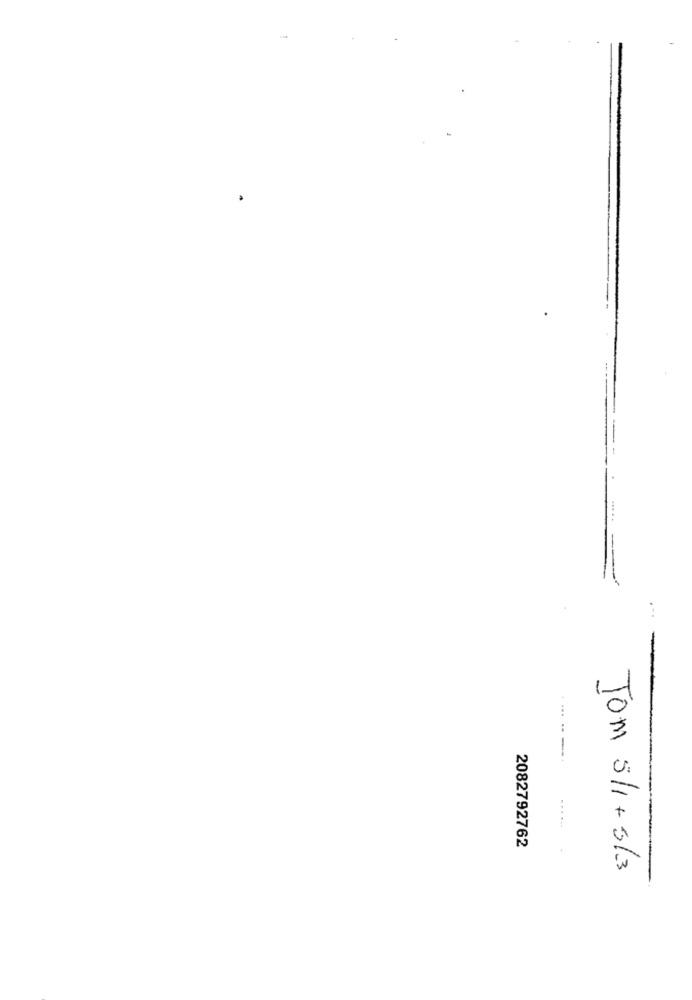
---
......
2082792762
Tom 5/1 +3/3